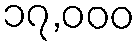
၁၇,၀၀၀